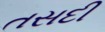
તસદી